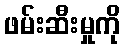
ဖမ်းဆီးမှုကို